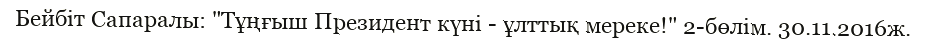
Бейбіт Сапаралы: "Тұңғыш Президент күні - ұлттық мереке!" 2-бөлім. 30.11.2016ж.